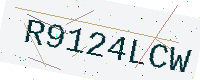
Text: R9124LCW